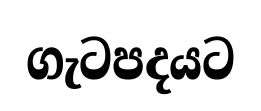
ගැටපදයට